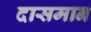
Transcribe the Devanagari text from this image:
दासमान